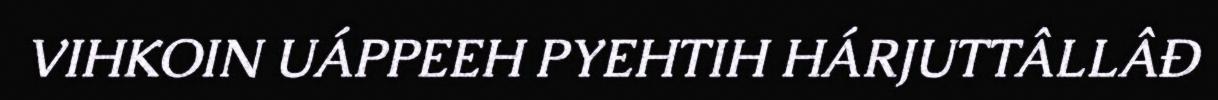
VIHKOIN UÁPPEEH PYEHTIH HÁRJUTTÂLLÂĐ